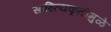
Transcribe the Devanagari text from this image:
साहित्यकृतीमुळे